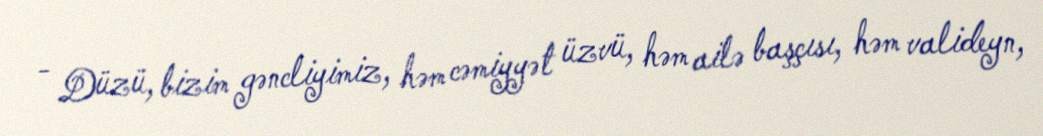
- Düzü, bizim gəncliyimiz, həm cəmiyyət üzvü, həm ailə başçısı, həm valideyn,